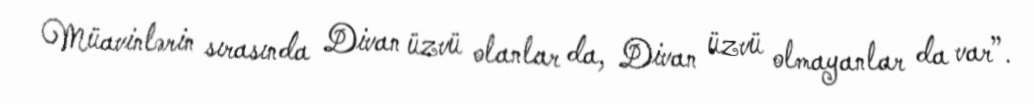
Müavinlərin sırasında Divan üzvü olanlar da, Divan üzvü olmayanlar da var”.